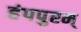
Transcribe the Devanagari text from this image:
हंपपुरम्